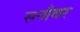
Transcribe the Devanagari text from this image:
सनौवर